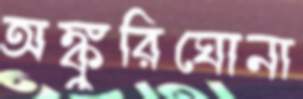
অঙ্কুরিঘোনা